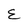
Character: E